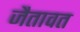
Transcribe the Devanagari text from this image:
जैतावत